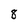
Character: 8